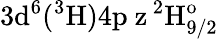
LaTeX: \mathrm{3d^{6}(^{3}H)4p\ z\, ^{2}H_{9/2}^{o}}